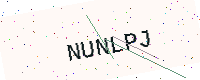
Text: NUNLPJ